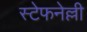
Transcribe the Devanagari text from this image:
स्टेफनेल्ली